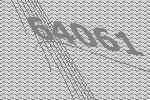
64061